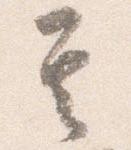
其